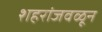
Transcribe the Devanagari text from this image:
शहरांजवळून